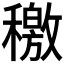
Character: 𥢹